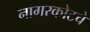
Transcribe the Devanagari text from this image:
नागरकोटचे